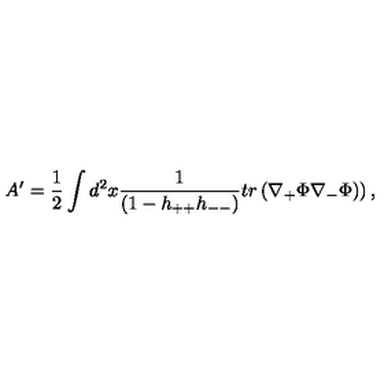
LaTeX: A ^ { \prime } = \frac { 1 } { 2 } \int d ^ { 2 } x \frac { 1 } { ( 1 - h _ { + + } h _ { -- } ) } t r \left( \nabla _ { + } \Phi \nabla _ { - } \Phi ) \right) ,